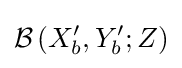
{\mathcal {B}}\left(X_{b}^{\prime },Y_{b}^{\prime };Z\right)